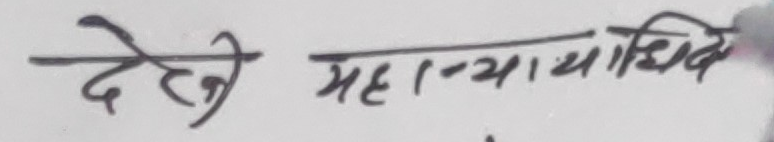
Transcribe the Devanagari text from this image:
देखी महान्यायाधिवक्ता